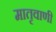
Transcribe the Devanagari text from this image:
मातृवाणी